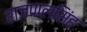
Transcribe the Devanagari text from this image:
राजपालसिंह